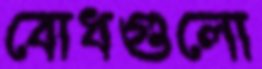
বোধগুলো